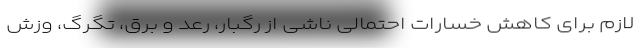
لازم برای کاهش خسارات احتمالی ناشی از رگبار، رعد و برق، تگرگ، وزش